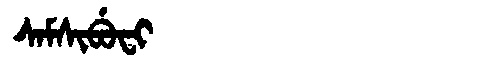
Manchu: ᠰᠠᠮᠰᡳᠪᡠᠸᡳ
Romanization: SAMSIBUFI